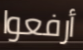
أرفعوا